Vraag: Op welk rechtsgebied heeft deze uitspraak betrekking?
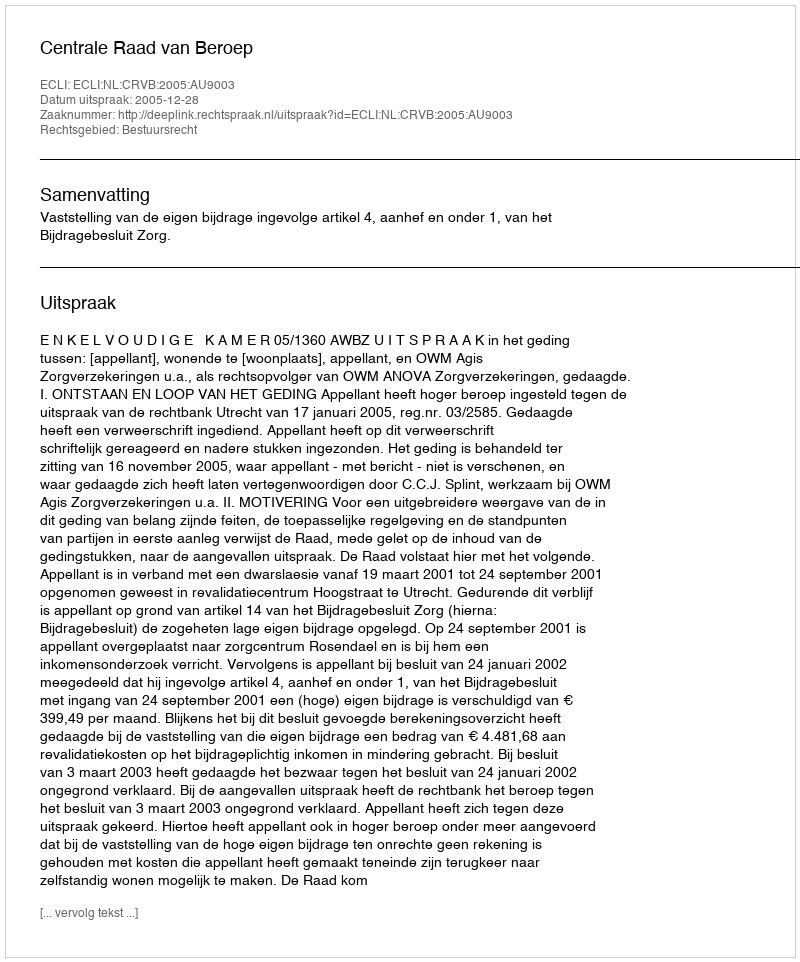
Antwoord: Bestuursrecht